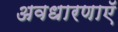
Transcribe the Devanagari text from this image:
अवधारणाएॅ